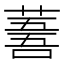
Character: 𦸭